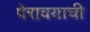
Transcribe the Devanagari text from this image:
पेरावयाची